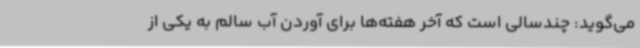
می‌گوید: چندسالی است که آخر هفته‌ها برای آوردن آب سالم به یکی از